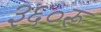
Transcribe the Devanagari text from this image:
३६०रू